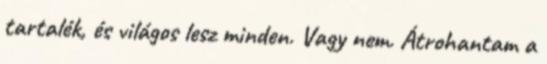
tartalék, és világos lesz minden. Vagy nem. Átrohantam a